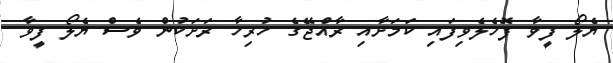
ޔެލޯ ފީވާ ފޮހެލެވިފައި ކަމަށާއި ރާއްޖޭގެ ހުރިހާ ރަށަކުން ވެސް ޔެލޯ ފީވާ